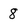
Character: 8